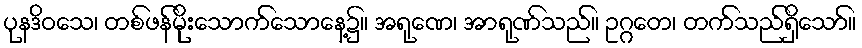
ပုနဒိဝသေ၊ တစ်ဖန်မိုးသောက်သောနေ့၌။ အရုဏေ၊ အာရုဏ်သည်။ ဥဂ္ဂတေ၊ တက်သည်ရှိသော်။